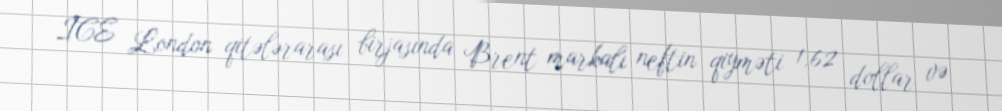
ICE London qitələrarası birjasında Brent markalı neftin qiyməti 1,62 dollar və